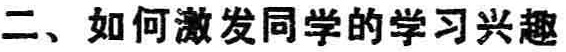
二、如何激发同学的学习兴趣